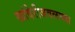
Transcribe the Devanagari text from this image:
खांदेरीजवळच्या